Distribution and causation of leprosy in British India
Year: 1875
Disease focus: Leprosy
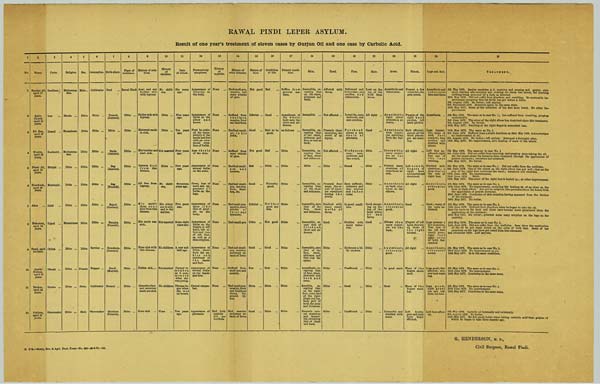
RAWAL PINDI LEPER ASYLUM.
Result of one year's treatment of eleven cases by Gurjun Oil and one case by Carbolic Acid.
1
No.
1
2
3
4
5
6
7
8
9
10
11
12
2
Name.
Bhadur Ali,
aged 17
years.
Fakir
Chand,
aged 18
years.
Pir Bux,
aged 22
years.
Khaira,
aged 16
years.
Nazer Ali,
aged 18
years.
Hooshnak,
aged 40
years.
Akoo
Mahomda,
aged 24
years.
Fazal, aged
18 years.
Gawhr
Nishan,
aged 20
years.
Hashan,
aged 24
years.
Fakiroo,
aged 23
years.
3
Caste.
Soodhun
Dut
Domal
Kashmiri
Mutyal
Murdeyal
Jalal
Tejeol
Chilah
Dhond
Doolee
Shoe-maker
4
Religion.
Muhammadan.
Hindu
Mussalman
Muhammadan
Ditto
Ditto
Ditto
Mussulman
Ditto
Ditto
Ditto
Ditto
5
Sex.
Male
Ditto
Ditto
Ditto
Ditto
Ditto
Ditto
Ditto
Ditto
Female
Ditto
Male
6
Occupation.
Cultivator
Ditto
Ditto
Ditto
Ditto
Ditto
Ditto
Ditto
Service
Beggar
Cultivator
Shoe-maker
7
Birth-place.
Purl
Poonch
(Jammu).
Ditto
Sanla
(Jammu).
Bag
(Jammu).
Bag
(Poonch).
Rajori
(Jammu).
Rangha
(Poonch).
Nowshera
(Jammu).
Danil
(Murree).
Poonch
Mandera
(Poonch).
8
Place of
residence.
Rawal pindi
Ditto
Ditto
Ditto
Ditto
Ditto
Ditto
Ditto
Ditto
Ditto
Ditto
Ditto
9
History of
relatives.
Aunt and one
brother sick
with leprosy.
Father sick with
leprosy.
Maternal uncle
is sick.
His brother and
aunt sick.
Parents died
from this
disease.
All free from
leprosy.
His uncle's
three sons
died from this
disease.
His uncle was
sick.
None sick with
this disease.
Father sick
Grandmother
and maternal
uncle are sick.
None sick
10
History
of
children.
No children.
Ditto
Ditto
Not married
Ditto
No children.
His eldest
son is sick,
and in the
asylum.
Not married
No children
Not married
No children
None
11
Date
of attack.
Six years
ago.
Five years
ago.
Ten years
ago.
Four years
ago.
Five years
ago.
Seventeen
years ago.
Five years
ago.
Some eight
years ago.
A year and
half ago.
Cannot
remember,
as it
commenced
when she
was young.
Disease
began when
she was
on breast.
Ten years
ago.
12
Premonitory
symptoms.
Appearance of
tubercles on
the body.
Appearance of
bullæ on the
elbow and
knees.
First he noticed
the insensibility
of the
hands and feet
with an
occasional
eruption of bullæ.
Anæthesia
of the skin.
Appearance of
several bullæ
on the arms.
Fever, loss of
teeth and
appearance of
bullæ on the
legs.
Appearance of
spots like
that of psorisis
on the
body.
Appearance of
bullæ on the
fingers of left
hand, left
elbow and toes
of left foot,
as well as a
skin eruption.
Appearance of
bullæ about
both the
ankles and
numbness of
the hands
and feet.
Appearance of
several bullæ
on the hands
and feet.
Cannot
remember.
Appearance of
psoriasis.
13
History
of
syphilis.
None
None
None
None
None
None
None
None
None
None
None
Had both
syphilis
and
gonorrhœa.
14
History of
other diseases.
Had small-pox,
measles, and
many attacks
of ague.
Suffered from
small-pox,
measles, fever
and diarrhœa.
Had had small-
pox in his
youth.
Suffered from
many attacks
of igue.
Had had small-
pox and
measles.
Had had small-
pox, measles,
fever,
diarrhœa, &c.
Had small-pox-
measles, many
attacks
of
fever and
dysentery.
Had small-pox
Had had small-
pox, measles,
and many
attacls of fever.
Suffered from
small-pox and
measles.
Had small-pox,
measles, fever
and diarrhœa
during
the
present
illness.
Had measles
and many
attacls of fever.
15
Nature of
food.
Not good
Inferior
Good
Not good
Bad
Good
Inferior
Ditto
Good
Fair
Ditto
Good
16
Condition
of life.
Bad
Good
Said to be
good.
Bad
Ditto
Tolerably
good.
Neither
good nor
bad.
Not good
Good
Fair
Ditto
Ditto
17
Present condition.
Suffers from
general
m a l a i s e .
Anæsthesia of
the whole
body save the
chest and
abdomen.
As follows
Ditto
Ditto
Ditto
Ditto
Ditto
Ditto
Ditto
Ditto
Ditto
18
Skin.
Insensible,
e x c e p t i n g that
on the chest,
abdomen and
back.
Insensible
Insensible,
excepting that
of the chest,
abdomen and
face, as well as
back.
Insensible,
excepting that
of face, chest
and abdomen.
Ditto
Insensible,
excepting that
on the chest
and abdomen.
Insensible, save
that of the
face,
chest
and abdomen.
Insensible,
except that of
forehead,
chest and
abdomen.
Insensible, save
that of the
face, chest,
abdomen and
that over the
spine.
Anæsthesic,
excepting that
of face, chest,
abdomen and
back and
arms.
Sensible,
excepting that
on the right
foot, outer part
of the right
thigh and leg,
back part of
both the arms
and forearms.
Presents several
cicatrices
and insensible,
excepting
that of chest
and back.
19
Head.
Affected with
favus.
Not affected
Presents three
cicatrices, the
result of an
injury.
Not affected
Ditto
Presents four
scars, the
result of injuries
sustained
during the
youth.
Studded with
many round
marks of
favus.
Good
Ditto
Ditto
Ditto
Ditto
20
Face.
Deformed and
tubercular; ears
swollen and
tubercular.
Lower lip, nose,
eyebrows and
ears swollen.
Forehead
shews a few
spots of
psoriasis.
Disfigured;
nose,
ears,
eyebrows and
lips sound.
Sound
Eyes suffered;
eyebrows and
ears swollen
and tuber-
cular.
In good
condition.
Studded with
many
tubercles.
Eyebrows a
little swollen.
Unaffected
Good
Unaffected
21
Hair.
Lost on the
top of the
head from
favus.
All right
Good
Ditto
Ditto
Ditto
Good, excepting
on the
top of the
head where
he
had
favus.
Good
Ditto
Ditto
Ditto
Ditto
22
Arms.
Anæsthetic and
tubercular.
Anæsthetic;
right elbow
presents a
cicatrix.
Anæsthesia
with cicatrices,
resulting
from the
bullæ.
Insensible;
many cicatrices
on the
forearms.
Present many
cicatrices of
superficial
ulcers.
Anæsthesic
on back,
cicatrices on the
elbows.
Anæsthesic,
otherwise
good.
Elbows shew
many cicatrices
on the
back.
Anæsthesic,
otherwise
good.
In good state
Good
Insensible and
studded with
scars.
23
Hands.
Present a few
tubercles; fingers sound.
Fingers of the
right hand
swollen, left
hand perfect.
Both affected;
almost all the
third phalanges
are
wanting.
All right
Left sound;
fingers
of
right
hand
contracted and
shortened.
All right
Good
Fingers of left
hand shortened,
those of
the right
natural.
All right
Many of the
fingers
shortened.
Many of the
fingers
wanting.
Left
forefingers
and right
little finger
affected.
24
Legs and feet.
Anæsthetic and
tubercular
here and there.
Anæsthesia
Legs insensible;
soles of
both
feet
cracked; toes
swollen and
studded with
ulcers.
Left foot
unaffected; right
foot one of
the toes
wanting.
Studded with
cicatrices; a
deep ulcer on
the sole of
right foot.
Anæsthesic,
otherwise
good.
Good; many of
the nails
deformed.
Legs present a
few cicatrices.
Two toes of
the left foot
nearly gone;
right foot
good; soles
of both feet
cracked.
Anæsthesic,
otherwise
sound.
Legs good; feet
affected; several
toes wanting.
Legs good;
right great
toe and left
little toe lost.
Left foot
affected.
25
TREATMENT.
5th May 1876. Gurjun emulsion z. ii. morning and evening and gurjun
rubbing being preceded by a bath as directed.
26th May 1876. Did not suffer from diarrhœa and vomiting. No noticeable
6th August 1876. No better; left asylum.
6th September 1876. Returned again in the same state.
18th May 1877. Some of the tubercles of the face have burst. No other
5th May 1876. The same as in case No. 1; has suffered from vomiting, purging
occasionally.
3rd June 1876. The ulcer of the right elbow has cicatrized since this treatment.
6th August 1876. No better.
18th May 1877. Swelling of the right finger is somewhat less.
10th May 1876. The same as No. 1.
3rd June 1876. Suffered from a slight diarrhœa on 24th May 1876. Acknowledges
no improvement at all.
6th August 1876. No better; left asylum. Returned a fortnight after.
18th May 1877. No improvement, save healing of some of the ulcers.
5th May 1876. The same as in case No. 1
8th June 1876. Did not suffer from vomiting and purging since taking the oil.
All the ulcers about the forearms have cicatrized through the application of
gurjun ointment; sensation not returned.
18th May 1877. No better.
5th May 1876. The same as in case No. 1. Did not suffer from the medicine.
8th June 1876. One of the ulcers on the right elbow has got well; that on the
sole of the right foot continues the same; sensation not returned.
15th June 1876. No improvement.
23rd June 1876.
Ditto.
18th May 1877. The ulcer of the right foot is healed up; no other improvement.
5th May 1876. The same as in case No. 1.
15th June 1876. No improvement, excepting the healing up of an ulcer on the
back of right elbow. Has got an eruption like psoriasis about the knees from
the application of gurjun ointment.
23rd June 1876. Complains of skin eruption having appeared from the friction
of the ointment.
18th May 1877. No better.
5th May 1876. The same as in case No. 1.
15th June 1876. Suffered from diarrhœa when he began to take the oil.
Says the spots on the back and chest have become more prominent since the
application of the ointment.
18th May 1877. No better; presents some scaly eruption on the legs on the
contrary.
10th May 1876. The same as in case No. 1.
15th June 1876. Did not suffer from the medicine. Says since the application
of the oil he got many ulcers on the soles of both feet. Some of the
eruptions on his legs have got cured from this ointment.
2nd December 1876. Left asylum.
5th May 1876. The same as in case No. 1.
23rd June 1876. No improvement as yet.
18th May 1877. Is in the same condition.
5th May 1876. The same as in case No. 1.
23rd June 1876. No improvement.
18th May 1877. Continues in the same state.
5th May 1876. The same as in case No. 1.
23rd June 1876. No improvement.
18th May 1877. Continues in the same state.
5th May 1876. Carbolic oil internally and externally.
6th August 1876. No better.
18th May 1877. He felt much better when taking carbolic acid than gurjun oil
which he began to take three months ago.
R. D'R.—Home, Rev. & Agri. Dept. Press-No. 439—28-8-79-100.
G. HENDERSON, M. D.,
Civil Surgeon, Rawal Pindi.